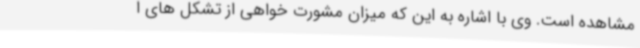
مشاهده است. وی با اشاره به این که میزان مشورت خواهی از تشکل های ا